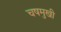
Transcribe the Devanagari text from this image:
चषमुखी